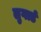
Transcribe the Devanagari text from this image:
लुगार्ड